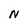
Character: N